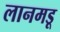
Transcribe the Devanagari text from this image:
लानमडू